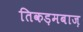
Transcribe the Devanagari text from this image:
तिकड़मबाज़